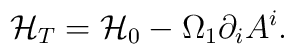
{\cal H}_T={\cal H}_0-\Omega_{1}\partial_i A^{i}.